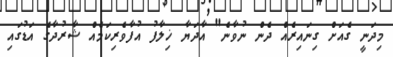
މިދަނީ ގެއަށް ގިނައިރެއް ދެން ނުވާނެ" އާދަޔާ ޚިލާފު އުފާވެރިކަމެއް ޝާރުދާގެ އަޑުގައި